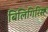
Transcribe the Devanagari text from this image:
बिलिगिरिस